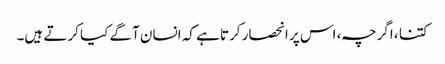
کتنا ، اگرچہ ، اس پر انحصار کرتا ہے کہ انسان آگے کیا کرتے ہیں۔